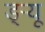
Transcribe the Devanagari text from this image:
ड्‌ऱ्यू